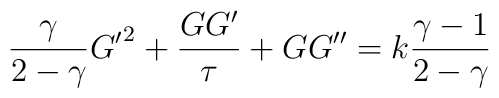
{\gamma\over{2-\gamma}}{G'}^2+{{GG'}\over\tau}+GG''=k{{\gamma-1}\over{2-\gamma}}